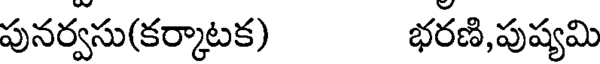
పునర్వసు(కర్కాటక) భరణి,పుష్యమి